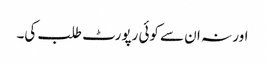
اور نہ ان سے کوئی رپورٹ طلب کی۔